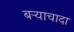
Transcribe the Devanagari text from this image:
बऱ्याचादा